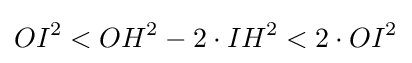
OI^{2}<OH^{2}-2\cdot IH^{2}<2\cdot OI^{2}